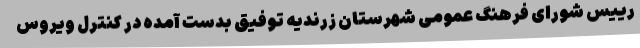
رییس شورای فرهنگ عمومی شهرستان زرندیه توفیق بدست آمده در کنترل ویروس